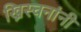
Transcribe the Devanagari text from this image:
ख्रिस्चनांनी